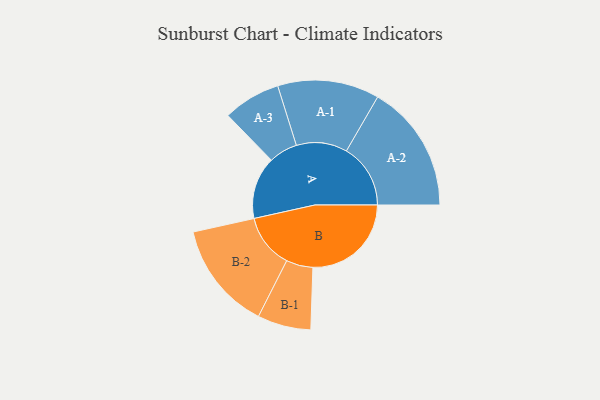
{"axis": {"x": "Segment", "y": "Value"}, "legend": ["", "A", "B"], "data": [{"x": "A", "y": 282, "type": ""}, {"x": "B", "y": 445, "type": ""}, {"x": "A-1", "y": 230, "type": "A"}, {"x": "A-2", "y": 290, "type": "A"}, {"x": "A-3", "y": 130, "type": "A"}, {"x": "B-1", "y": 121, "type": "B"}, {"x": "B-2", "y": 245, "type": "B"}]}